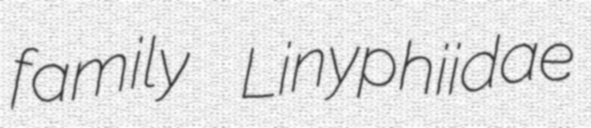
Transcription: family Linyphiidae